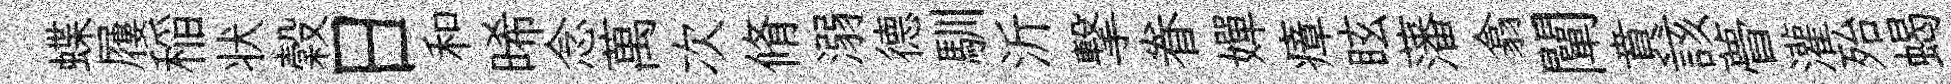
蝶屨稲状穀日和晞念萬次脩溺德馴沂撃眷嬋瘴眩藩翕闡賁該瞢灌殆蝎